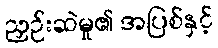
ညှဉ်းဆဲမှု၏ အပြစ်နှင့်